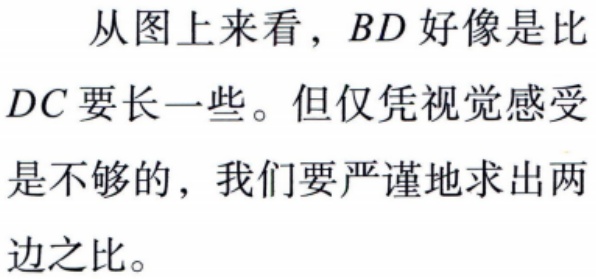
从图上来看，$BD$好像是比
$DC$要长一些。但仅凭视觉感受
是不够的，我们要严谨地求出两
边之比。